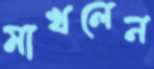
মাখলেন